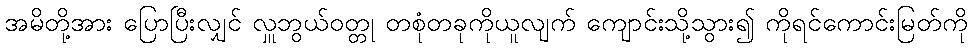
အမိတို့အား ပြောပြီးလျှင် လှူဘွယ်ဝတ္တု တစုံတခုကိုယူလျက် ကျောင်းသို့သွား၍ ကိုရင်ကောင်းမြတ်ကို